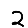
Digit: 2